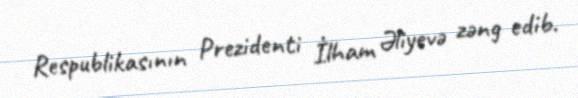
Respublikasının Prezidenti İlham Əliyevə zəng edib.